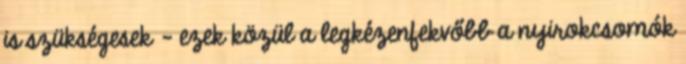
is szükségesek – ezek közül a legkézenfekvőbb a nyirokcsomók